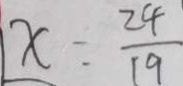
x = \frac { 2 4 } { 1 9 }